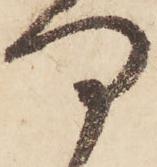
何